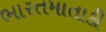
ભારતમાતાકી